system: You are a helpful assistant.
user:
Analyze the provided spectrum to determine if it is a **M-type Giant (gM)**.

A M-type Giant spectrum is defined by its **strong molecular absorption** features, particularly from **Titanium Oxide (TiO)**. You must check for one of the following mutually exclusive signatures:

- **Key Visual Indicators (Absorption-Dominated Spectrum):**

    - **(Primary):** The spectrum is dominated by strong molecular absorption from **Titanium Oxide (TiO)**. This is the **defining feature** of its M-type temperature class.
        - **(Key Bandheads):** Look for sharp, "saw-tooth" absorption valleys. The strongest are located near **~7050 Å**, **~6160 Å**, and **~5170 Å**.
        - **(Line Profile):** The "saw-tooth" morphology is critical: a **sharp, steep drop on the BLUE (short-wavelength) side** of the bandhead, followed by a gradual recovery (rising flux) towards the RED (long-wavelength) side.

    - **(Key Confirmation - Giant vs. Dwarf):** **ABSENCE** of strong **Calcium Hydride (CaH)** molecular bands. This is the primary diagnostic for *excluding* M-dwarfs.
        - **(Key Region):** The spectrum should lack the strong, broad absorption band seen in dwarfs between **~6800 Å and ~7000 Å**.

    - **(Secondary Confirmation - Giant):** A very strong and broad **Neutral Calcium (Ca I)** atomic absorption line.
        - **(Key Line):** Located at **~4226 Å**. In a giant (gM), this line is significantly deeper and broader than the same line in an M-dwarf (dM) due to low surface gravity.

    - **(Overall Spectrum):**
        - The continuum is **extremely red-sloping** (i.e., flux is very low in the blue and rises dramatically towards the red).
        - The entire spectrum appears "chopped up" by the deep TiO bands.

Think first, call **spectral_visualization_tool** if needed to examine features in detail, then provide your final answer. Your response must adhere to the following strict rules:
1.  **Overall Structure:** Your response must follow the format `<think>...</think> <tool_call>...</tool_call> (if a tool is used) <answer>...</answer>`.
2.  **Tool Usage Constraint:** You may only make **one** tool call per turn.
3.  **Final Answer Format:** In the `<answer>` tag, your conclusion must be inside a `\boxed{}` command (e.g., `\boxed{YES}` or `\boxed{NO}`), followed by your justification.

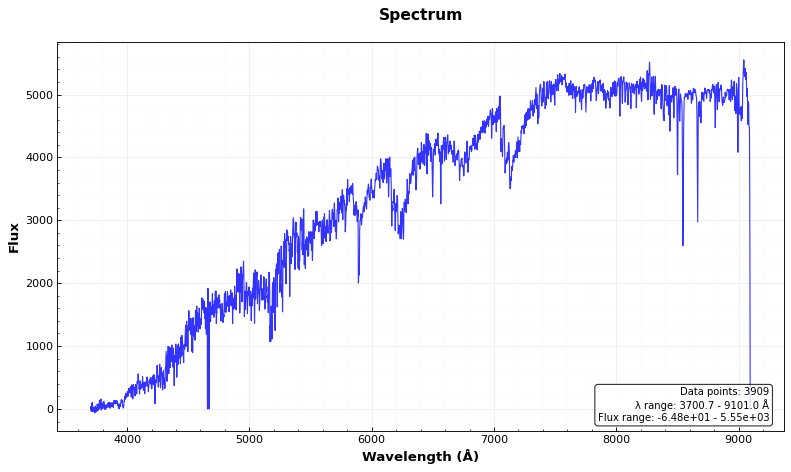
Answer: YES